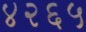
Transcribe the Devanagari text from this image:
४२६५